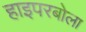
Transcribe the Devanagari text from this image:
हाइपरबोला